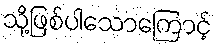
သို့ဖြစ်ပါသောကြောင့်